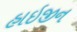
હાઇજીન